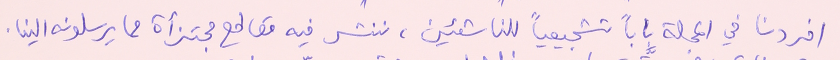
افردنا في المجلة باباً تشجيعياً للناشئين، ننشر فيه مقاطع مجتزأة مما يرسلونه الينا.